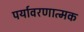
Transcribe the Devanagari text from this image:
पर्यावरणात्‍मक